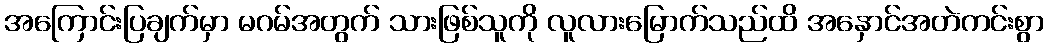
အကြောင်းပြချက်မှာ မဂမ်အတွက် သားဖြစ်သူကို လူလားမြောက်သည်ထိ အနှောင်အတဲကင်းစွာ